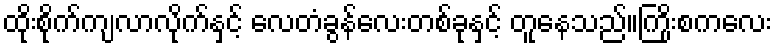
ထိုးစိုက်ကျလာလိုက်နှင့် လေတံခွန်လေးတစ်ခုနှင့် တူနေသည်။ကြိုးစကလေး